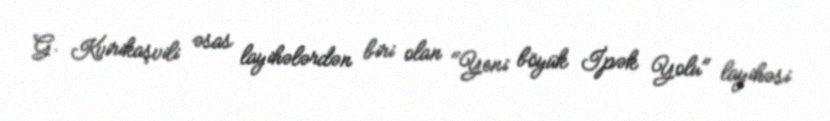
G. Kvirikaşvili əsas layihələrdən biri olan "Yeni böyük İpək Yolu" layihəsi